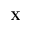
\mathbf { X }